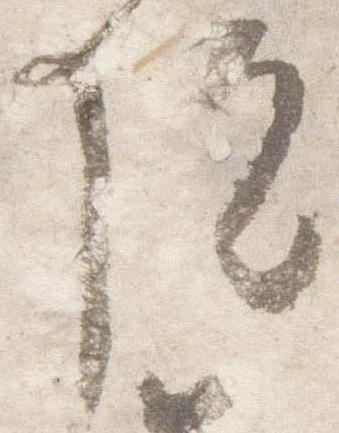
院